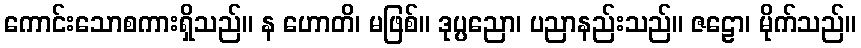
ကောင်းသောစကားရှိသည်။ န ဟောတိ၊ မဖြစ်။ ဒုပ္ပညော၊ ပညာနည်းသည်။ ဇဠော၊ မိုက်သည်။